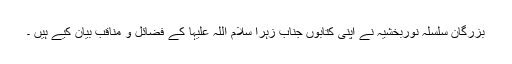
بزرگان سلسلہ نوربخشیہ نے اپنی کتابوں جناب زہرا سلام اللہ علیہا کے فضائل و مناقب بیان کیے ہیں ۔